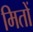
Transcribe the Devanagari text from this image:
मितों